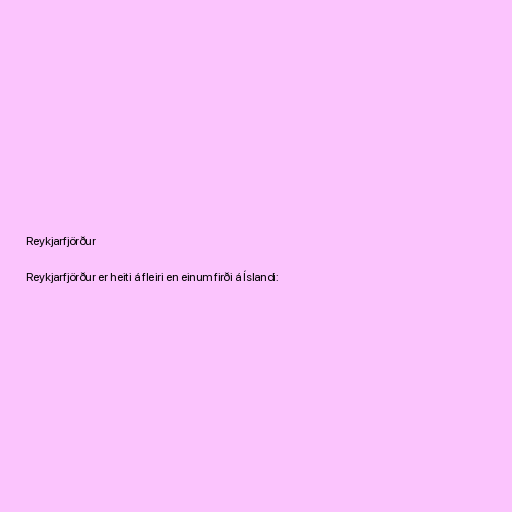
Reykjarfjörður

Reykjarfjörður er heiti á fleiri en einum firði á Íslandi: